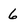
Character: 6